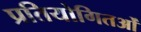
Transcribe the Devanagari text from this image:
प्रतियोगितओं